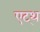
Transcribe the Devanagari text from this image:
एट्थ